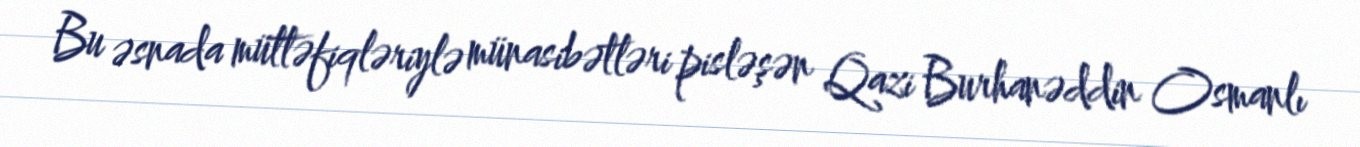
Bu əsnada müttəfiqləriylə münasibətləri pisləşən Qazi Burhanəddin Osmanlı